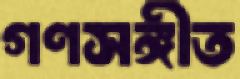
গণসঙ্গীত